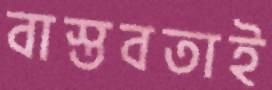
বাস্তবতাই